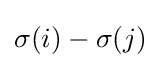
\sigma (i)-\sigma (j)